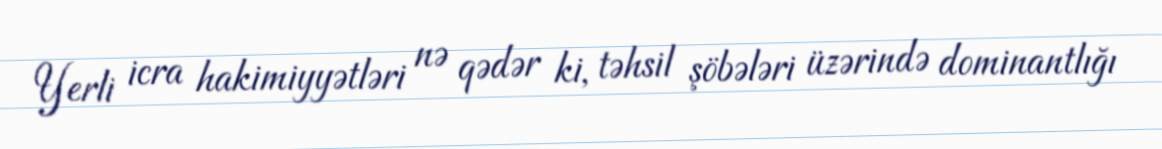
Yerli icra hakimiyyətləri nə qədər ki, təhsil şöbələri üzərində dominantlığı